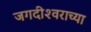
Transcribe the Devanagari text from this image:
जगदीश्‍वराच्या